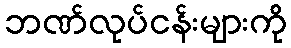
ဘဏ်လုပ်ငန်းများကို